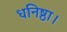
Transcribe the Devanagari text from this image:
धनिष्ठा।